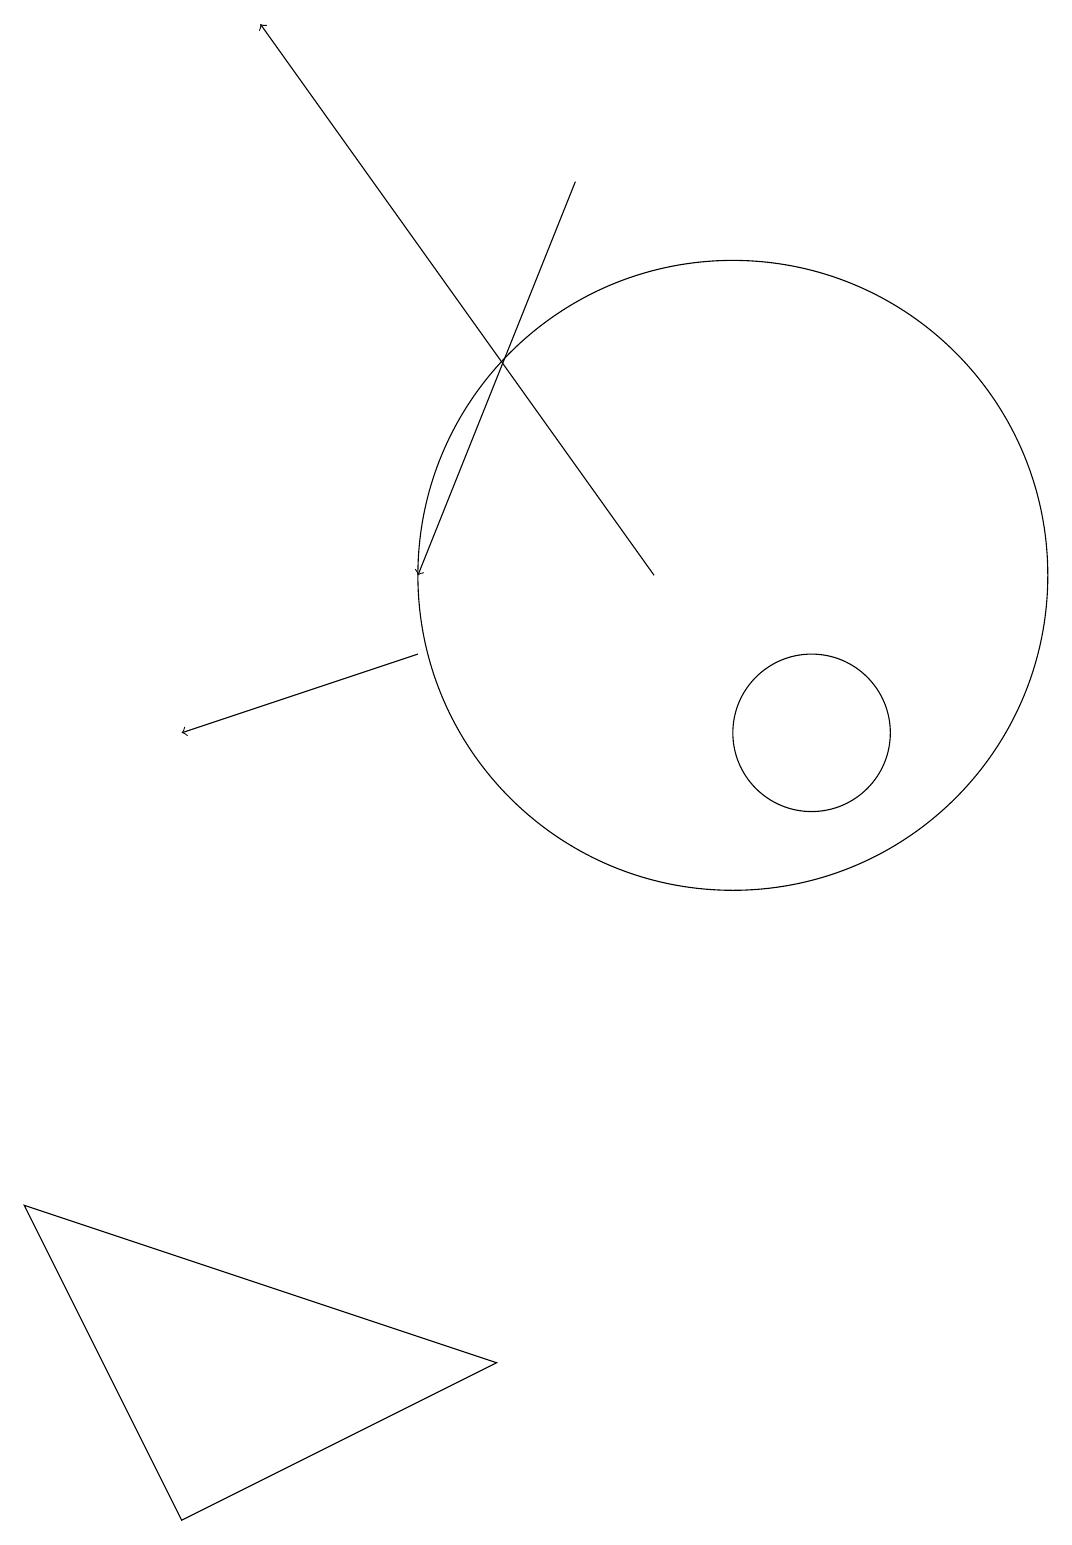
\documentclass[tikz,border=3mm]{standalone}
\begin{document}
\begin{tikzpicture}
\draw[->] (8,17) -- (6,12);
\draw (1,4) -- (3,0) -- (7,2) -- cycle;
\draw[->] (9,12) -- (4,19);
\draw (10,12) circle (4);
\draw[->] (6,11) -- (3,10);
\draw (11,10) circle (1);
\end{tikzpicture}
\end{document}